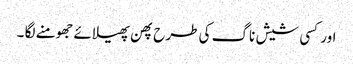
اور کسی شیش ناگ کی طرح پھن پھیلائے جھومنے لگا ۔